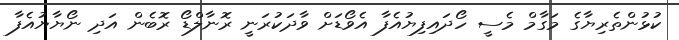
ކުޅުންތެރިޔާގެ މަގާމް މެސީ ހޯދައިފިޔުއެފާ އެވޯޑަށް ވާދަކުރަނީ ރޮނާލްޑޯ ރޮބެން އަދި ނޯޔާޔުއެފާ